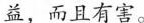
益，而且有害。